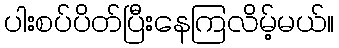
ပါးစပ်ပိတ်ပြီးနေကြလိမ့်မယ်။